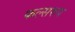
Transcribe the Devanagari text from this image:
फल्सरुप